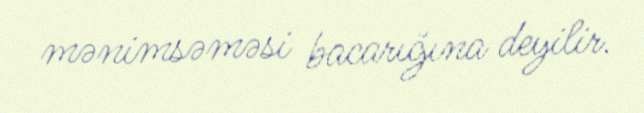
mənimsəməsi bacarığına deyilir.